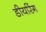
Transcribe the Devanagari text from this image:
डीयरिंग